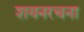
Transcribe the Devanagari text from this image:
शयनरचना